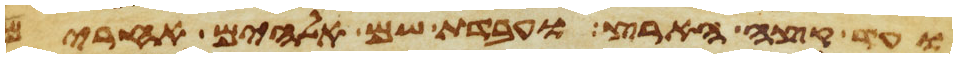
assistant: ועד קצה הארץ ועבדת שם אלהים אחרים